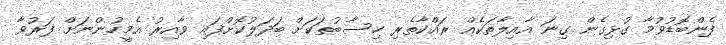
ފެންބޮޑުވުމާ ގުޅިގެން ގިނަ އާއިލާތަކެއް ރައްކާތެރި ހިސާބުތަކަށް ބަދަލުކޮށްފައި ވާއިރު އެމީހުންނަށް ފަރުވާ